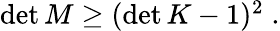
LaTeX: \begin{array}{r}{\operatorname*{det}M\geq(\operatorname*{det}K-1)^{2}\; .}\end{array}